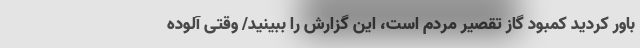
باور کردید کمبود گاز تقصیر مردم است، این گزارش را ببینید/ وقتی آلوده